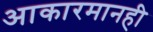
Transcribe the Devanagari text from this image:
आकारमानही